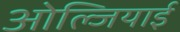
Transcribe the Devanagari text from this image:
ओल्जियाई